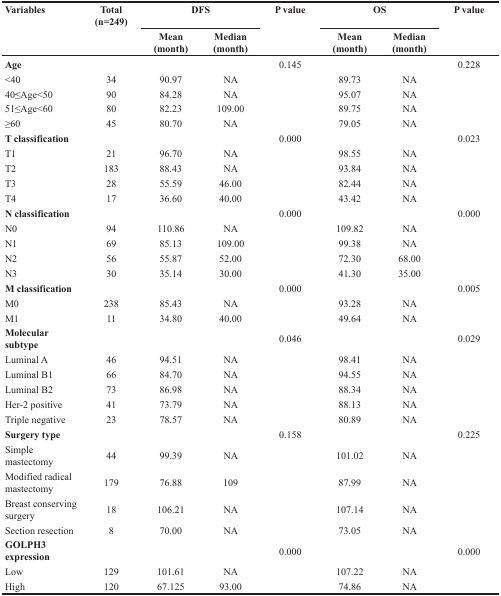
<table><thead><tr><td><b>Variables</b></td><td><b>Total (n=249)</b></td><td colspan="2"><b>DFS</b></td><td><b>P value</b></td><td colspan="2"><b>OS</b></td><td><b>P value</b></td></tr><tr><td></td><td></td><td><b>Mean (month)</b></td><td><b>Median (month)</b></td><td></td><td><b>Mean (month)</b></td><td><b>Median (month)</b></td><td></td></tr></thead><tbody><tr><td><b>Age</b></td><td></td><td></td><td></td><td>0.145</td><td></td><td></td><td>0.228</td></tr><tr><td>&lt;40</td><td>34</td><td>90.97</td><td>NA</td><td></td><td>89.73</td><td>NA</td><td></td></tr><tr><td>40≤Age&lt;50</td><td>90</td><td>84.28</td><td>NA</td><td></td><td>95.07</td><td>NA</td><td></td></tr><tr><td>51≤Age&lt;60</td><td>80</td><td>82.23</td><td>109.00</td><td></td><td>89.75</td><td>NA</td><td></td></tr><tr><td>≥60</td><td>45</td><td>80.70</td><td>NA</td><td></td><td>79.05</td><td>NA</td><td></td></tr><tr><td><b>T classification</b></td><td></td><td></td><td></td><td>0.000</td><td></td><td></td><td>0.023</td></tr><tr><td>T1</td><td>21</td><td>96.70</td><td>NA</td><td></td><td>98.55</td><td>NA</td><td></td></tr><tr><td>T2</td><td>183</td><td>88.43</td><td>NA</td><td></td><td>93.84</td><td>NA</td><td></td></tr><tr><td>T3</td><td>28</td><td>55.59</td><td>46.00</td><td></td><td>82.44</td><td>NA</td><td></td></tr><tr><td>T4</td><td>17</td><td>36.60</td><td>40.00</td><td></td><td>43.42</td><td>NA</td><td></td></tr><tr><td><b>N classification</b></td><td></td><td></td><td></td><td>0.000</td><td></td><td></td><td>0.000</td></tr><tr><td>N0</td><td>94</td><td>110.86</td><td>NA</td><td></td><td>109.82</td><td>NA</td><td></td></tr><tr><td>N1</td><td>69</td><td>85.13</td><td>109.00</td><td></td><td>99.38</td><td>NA</td><td></td></tr><tr><td>N2</td><td>56</td><td>55.87</td><td>52.00</td><td></td><td>72.30</td><td>68.00</td><td></td></tr><tr><td>N3</td><td>30</td><td>35.14</td><td>30.00</td><td></td><td>41.30</td><td>35.00</td><td></td></tr><tr><td><b>M classification</b></td><td></td><td></td><td></td><td>0.000</td><td></td><td></td><td>0.005</td></tr><tr><td>M0</td><td>238</td><td>85.43</td><td>NA</td><td></td><td>93.28</td><td>NA</td><td></td></tr><tr><td>M1</td><td>11</td><td>34.80</td><td>40.00</td><td></td><td>49.64</td><td>NA</td><td></td></tr><tr><td><b>Molecular subtype</b></td><td></td><td></td><td></td><td>0.046</td><td></td><td></td><td>0.029</td></tr><tr><td>Luminal A</td><td>46</td><td>94.51</td><td>NA</td><td></td><td>98.41</td><td>NA</td><td></td></tr><tr><td>Luminal B1</td><td>66</td><td>84.70</td><td>NA</td><td></td><td>94.55</td><td>NA</td><td></td></tr><tr><td>Luminal B2</td><td>73</td><td>86.98</td><td>NA</td><td></td><td>88.34</td><td>NA</td><td></td></tr><tr><td>Her-2 positive</td><td>41</td><td>73.79</td><td>NA</td><td></td><td>88.13</td><td>NA</td><td></td></tr><tr><td>Triple negative</td><td>23</td><td>78.57</td><td>NA</td><td></td><td>80.89</td><td>NA</td><td></td></tr><tr><td><b>Surgery type</b></td><td></td><td></td><td></td><td>0.158</td><td></td><td></td><td>0.225</td></tr><tr><td>Simple mastectomy</td><td>44</td><td>99.39</td><td>NA</td><td></td><td>101.02</td><td>NA</td><td></td></tr><tr><td>Modified radical mastectomy</td><td>179</td><td>76.88</td><td>109</td><td></td><td>87.99</td><td>NA</td><td></td></tr><tr><td>Breast conserving surgery</td><td>18</td><td>106.21</td><td>NA</td><td></td><td>107.14</td><td>NA</td><td></td></tr><tr><td>Section resection</td><td>8</td><td>70.00</td><td>NA</td><td></td><td>73.05</td><td>NA</td><td></td></tr><tr><td><b>GOLPH3 expression</b></td><td></td><td></td><td></td><td>0.000</td><td></td><td></td><td>0.000</td></tr><tr><td>Low</td><td>129</td><td>101.61</td><td>NA</td><td></td><td>107.22</td><td>NA</td><td></td></tr><tr><td>High</td><td>120</td><td>67.125</td><td>93.00</td><td></td><td>74.86</td><td>NA</td><td></td></tr></tbody></table>